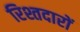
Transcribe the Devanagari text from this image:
रिश्तदारों